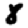
Digit: 8